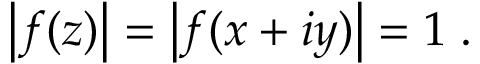
\left| f ( z ) \right| = \left| f ( x + i y ) \right| = 1 \; .